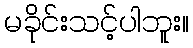
မခိုင်းသင့်ပါဘူး။